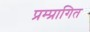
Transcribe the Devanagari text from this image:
प्रम्प्रागित